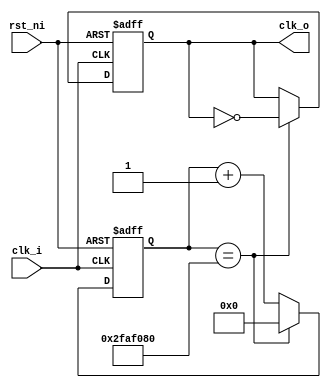
/*
	Grupo:			5CV3
	Proyecto:		Monociclo
	Archivo:			div_freq.v
	Equipo:			Equipo 2
	Integrantes:	Alcaraz Cuevas Victor Hugo
						Montoya Morales Luis Antonio
						Navarrete Becerril Sharon Anette
						Quintana Romero Roberto
						Urdaneta Villalobos Paul Alejandro

	Descripcion:	Divisor de frecuencias a 1Hz
*/
module div_freq(
	input clk_i,
	input rst_ni,
	output reg clk_o
);

	reg [31:0] cuenta_r;

	always @(posedge clk_i, negedge rst_ni) begin
		if(!rst_ni) begin
			clk_o <= 1'b1;
			cuenta_r <= 32'b0;
		end
		else begin
			if(cuenta_r == 32'd50_000_000) begin
					cuenta_r <= 32'd0;
					clk_o <= ~clk_o;
			end
			else begin
				cuenta_r <= cuenta_r + 1'b1;
			end
		end
	end
	
endmodule